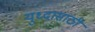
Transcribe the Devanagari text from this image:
युध्दासाठी